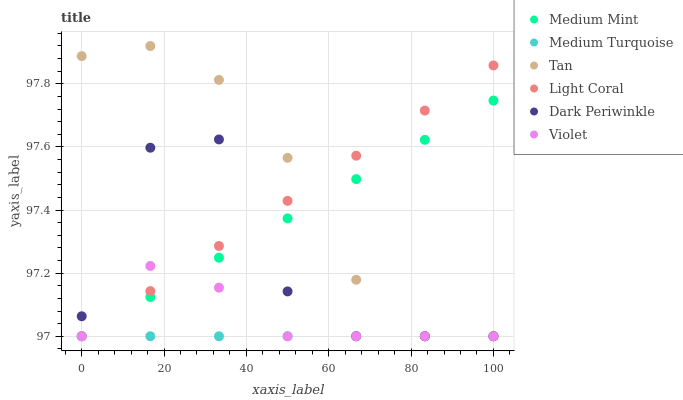
| xaxis_label | Medium Mint | Medium Turquoise | Tan | Light Coral | Dark Periwinkle | Violet |
 | --- | --- | --- | --- | --- | --- | --- |
 | 0 | 97 | 97 | 97.9 | 97 | 97.1 | 97 |
 | 16.7 | 97.1 | 97 | 97.9 | 97.1 | 97.6 | 97.2 |
 | 33.3 | 97.2 | 97 | 97.8 | 97.3 | 97.6 | 97.2 |
 | 50 | 97.4 | 97 | 97.6 | 97.4 | 97.1 | 97 |
 | 66.7 | 97.5 | 97 | 97.2 | 97.6 | 97 | 97 |
 | 83.3 | 97.6 | 97 | 97 | 97.7 | 97 | 97 |
 | 100 | 97.7 | 97 | 97 | 97.9 | 97 | 97 |